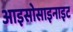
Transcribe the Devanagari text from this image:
आइसोसाइनाइट